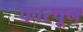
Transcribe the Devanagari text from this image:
फारचून